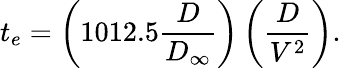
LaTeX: t_{e}=\left(1012.5\frac{D}{D_{\infty}}\right)\left(\frac{D}{V^{2}}\right).